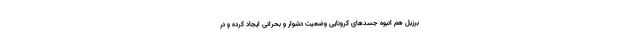
برزیل هم انبوه جسدهای کرونایی وضعیت دشوار و بحرانی ایجاد کرده و در